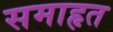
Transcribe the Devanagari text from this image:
समाहृत